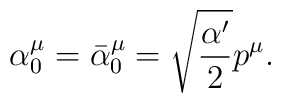
\alpha_{0}^{\mu} = \bar{\alpha}_{0}^{\mu} =\sqrt{\frac{\alpha^{\prime}}2} p^{\mu}  .